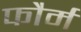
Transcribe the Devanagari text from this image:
फौर्म